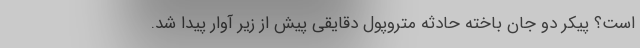
است؟ پیکر دو جان باخته حادثه متروپول دقایقی پیش از زیر آوار پیدا شد.